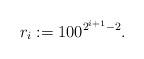
LaTeX: \begin{align*}r_i:=100^{2^{i+1} - 2}.\end{align*}